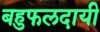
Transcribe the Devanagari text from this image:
बहुफलदायी